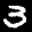
Digit: 3